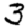
Digit: 3